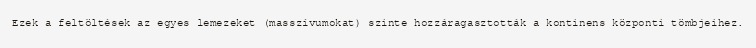
Ezek a feltöltések az egyes lemezeket (masszívumokat) szinte hozzáragasztották a kontinens központi tömbjeihez.